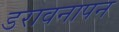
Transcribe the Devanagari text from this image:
डरावनापन